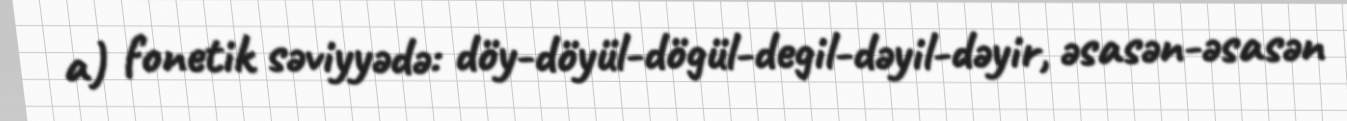
a) fonetik səviyyədə: döy-döyül-dögül-degil-dəyil-dəyir, əsasən-əsasən